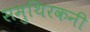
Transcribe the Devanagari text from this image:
समुथिरकनी